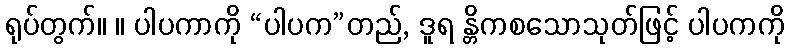
ရုပ်တွက်။ ။ ပါပကာကို “ပါပက”တည်, ဒူရ န္တိကစသောသုတ်ဖြင့် ပါပကကို